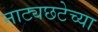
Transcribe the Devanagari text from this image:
नाट्यछटेच्या